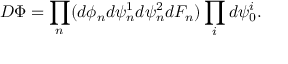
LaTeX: { \cal D } \Phi = \prod _ { n } ( d \phi _ { n } d \psi _ { n } ^ { 1 } d \psi _ { n } ^ { 2 } d F _ { n } ) \prod _ { i } d \psi _ { 0 } ^ { i } .